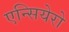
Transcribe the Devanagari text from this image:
एन्सियेरो